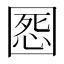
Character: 𡈒